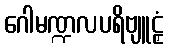
ဂေါမဏ္ဍလပရိဗျူဠှံ